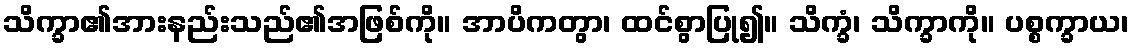
သိက္ခာ၏အားနည်းသည်၏အဖြစ်ကို။ အာပိကတွာ၊ ထင်စွာပြု၍။ သိက္ခံ၊ သိက္ခာကို။ ပစ္စက္ခာယ၊